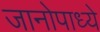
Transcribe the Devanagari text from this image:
जानोपाध्ये